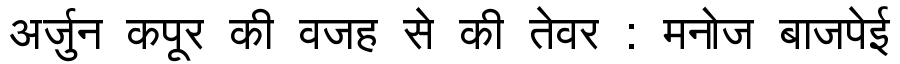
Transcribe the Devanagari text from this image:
अर्जुन कपूर की वजह से की तेवर : मनोज बाजपेई